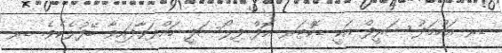
ޑރ އަހުމަދު ޝަރީފް އަކީ ޑޮކްޓަރ އޮފް ފިލޯސަފީ ހައްދަވާފައިވާ ބޭފުޅެކެވެ. ޑރ